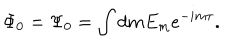
\Phi _ { 0 } = \Psi _ { 0 } = \int d m E _ { m } e ^ { - i m \tau } .